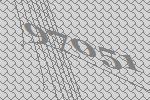
97051